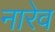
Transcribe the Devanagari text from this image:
नारेव